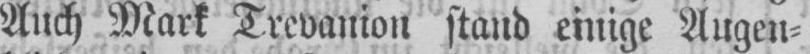
Auch Mark Trevanion stand einige Augen⸗